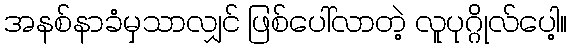
အနစ်နာခံမှသာလျှင် ဖြစ်ပေါ်လာတဲ့ လူပုဂ္ဂိုလ်ပေါ့။